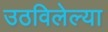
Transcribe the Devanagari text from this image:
उठविलेल्या